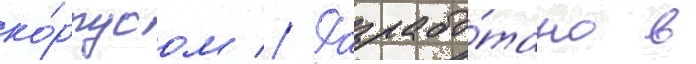
ко́рпусом // Разрабо́тано в